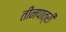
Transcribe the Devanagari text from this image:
तीनपात्री